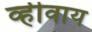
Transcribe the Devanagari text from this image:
व्हीवाय